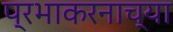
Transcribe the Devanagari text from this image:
प्रभाकरनाच्या